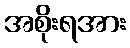
အစိုးရအား